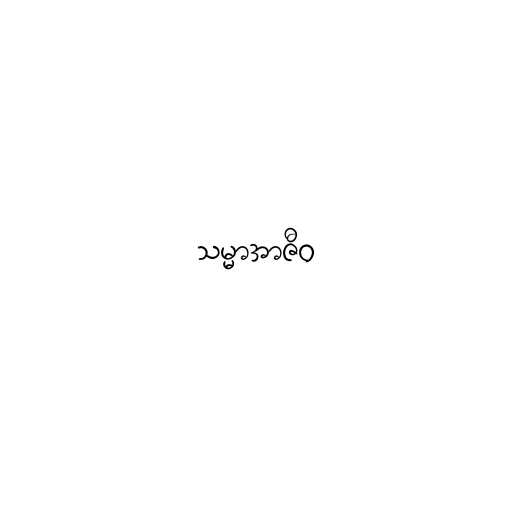
သမ္မာအာဇီဝ